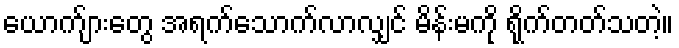
ယောက်ျားတွေ အရက်သောက်လာလျှင် မိန်းမကို ရိုက်တတ်သတဲ့။